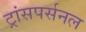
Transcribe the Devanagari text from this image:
ट्रांसपर्सनल